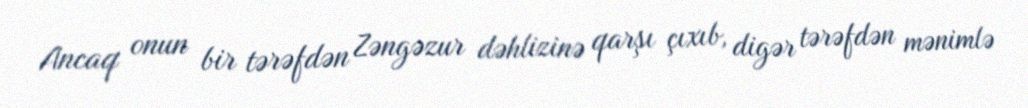
Ancaq onun bir tərəfdən Zəngəzur dəhlizinə qarşı çıxıb, digər tərəfdən mənimlə